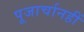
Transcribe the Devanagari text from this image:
पूजार्चानहीं